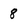
Character: 8